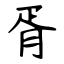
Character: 胥